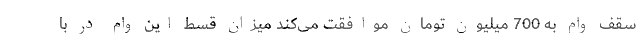
سقف وام به 700 میلیون تومان موافقت می‌کند میزان قسط این وام در با